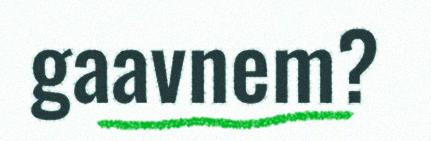
gaavnem?